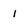
Character: 1